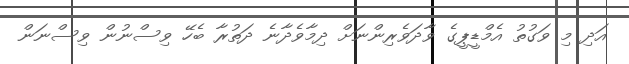
އަދި މި ވަގުތު އެމްޑީޕީގެ ވާދަވެރިންނަށް ދިމާވެދާނެ ދަތުރާ ބެހޭ ވިސްނުން ވިސްނަން